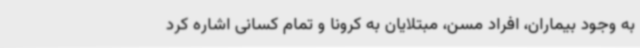
به وجود بیماران، افراد مسن، مبتلایان به کرونا و تمام کسانی اشاره کرد